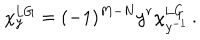
\chi _ { y } ^ { \mathrm { L G } } = ( - 1 ) ^ { M - N } y ^ { r } \chi _ { y ^ { - 1 } } ^ { \mathrm { L G } } \, .